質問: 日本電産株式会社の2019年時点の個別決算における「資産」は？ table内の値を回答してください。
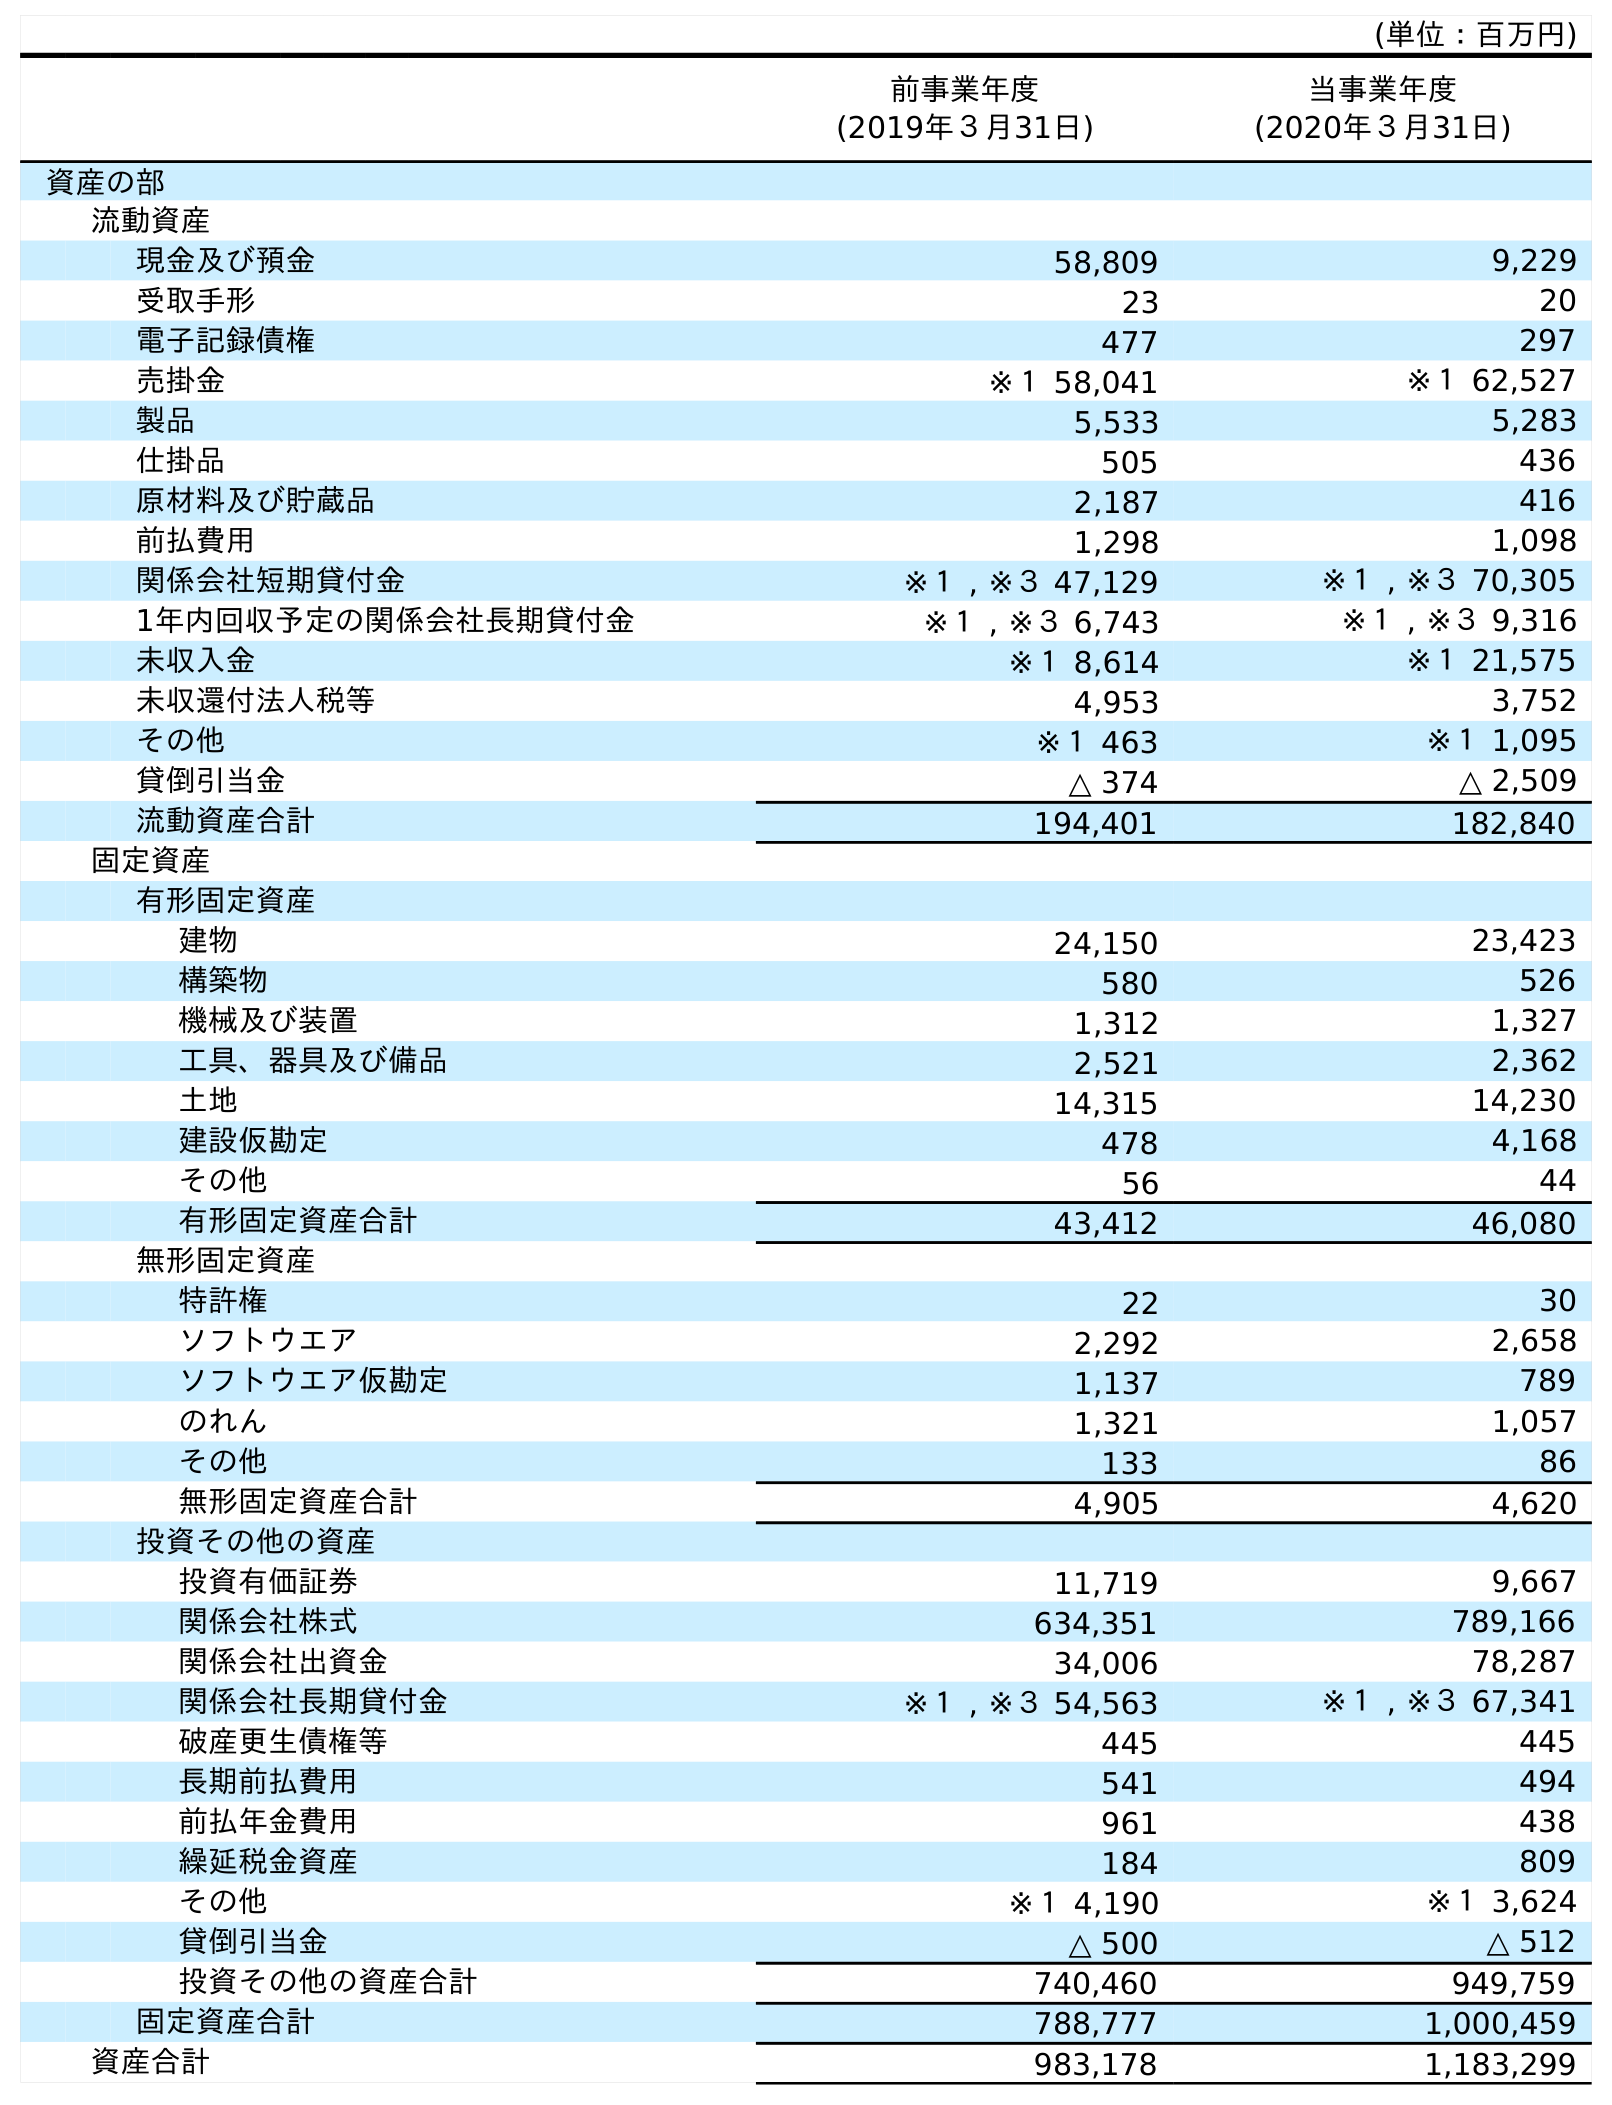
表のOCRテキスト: (単位：百万円) 前事業年度 (2019年３月31日) 当事業年度 (2020年３月31日) 資産の部 流動資産 現金及び預金 58,809 9,229 受取手形 23 20 電子記録債権 477 297 売掛金 ※１ 58,041 ※１ 62,527 製品 5,533 5,283 仕掛品 505 436 原材料及び貯蔵品 2,187 416 前払費用 1,298 1,098 関係会社短期貸付金 ※１ , ※３ 47,129 ※１ , ※３ 70,305 1年内回収予定の関係会社長期貸付金 ※１ , ※３ 6,743 ※１ , ※３ 9,316 未収入金 ※１ 8,614 ※１ 21,575 未収還付法人税等 4,953 3,752 その他 ※１ 463 ※１ 1,095 貸倒引当金 △ 374 △ 2,509 流動資産合計 194,401 182,840 固定資産 有形固定資産 建物 24,150 23,423 構築物 580 526 機械及び装置 1,312 1,327 工具、器具及び備品 2,521 2,362 土地 14,315 14,230 建設仮勘定 478 4,168 その他 56 44 有形固定資産合計 43,412 46,080 無形固定資産 特許権 22 30 ソフトウエア 2,292 2,658 ソフトウエア仮勘定 1,137 789 のれん 1,321 1,057 その他 133 86 無形固定資産合計 4,905 4,620 投資その他の資産 投資有価証券 11,719 9,667 関係会社株式 634,351 789,166 関係会社出資金 34,006 78,287 関係会社長期貸付金 ※１ , ※３ 54,563 ※１ , ※３ 67,341 破産更生債権等 445 445 長期前払費用 541 494 前払年金費用 961 438 繰延税金資産 184 809 その他 ※１ 4,190 ※１ 3,624 貸倒引当金 △ 500 △ 512 投資その他の資産合計 740,460 949,759 固定資産合計 788,777 1,000,459 資産合計 983,178 1,183,299
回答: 983,178